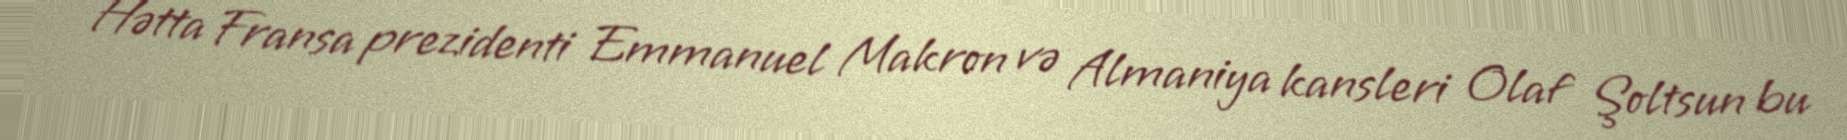
Hətta Fransa prezidenti Emmanuel Makron və Almaniya kansleri Olaf Şoltsun bu